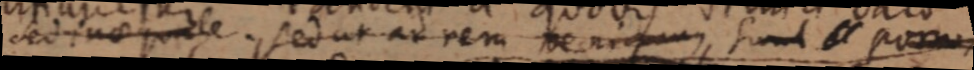
sednaeqale sedut ad rem beaidanu, sivul porum